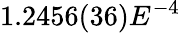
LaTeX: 1.2456(36)E^{-4}